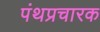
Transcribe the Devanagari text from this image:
पंथप्रचारक